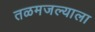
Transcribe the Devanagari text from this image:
तळमजल्याला